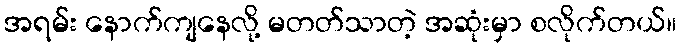
အရမ်း နောက်ကျနေလို့ မတတ်သာတဲ့ အဆုံးမှာ စလိုက်တယ်။